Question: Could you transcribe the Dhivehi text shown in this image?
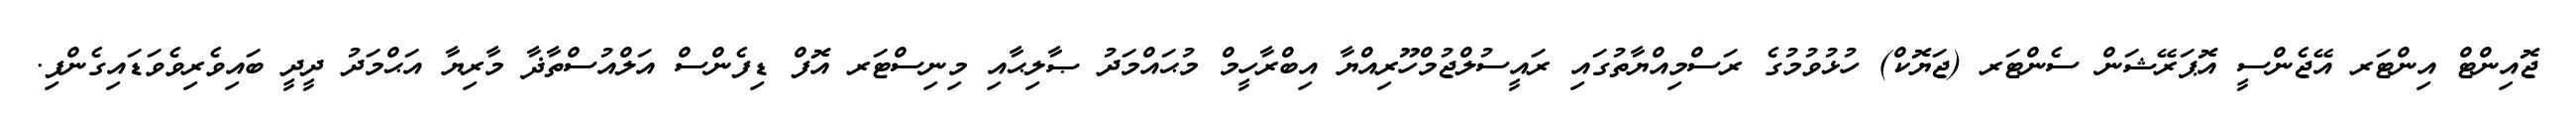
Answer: ޖޮއިންޓް އިންޓަރ އޭޖެންސީ އޮޕަރޭޝަން ސެންޓަރ (ޖަޔޮކް) ހުޅުވުމުގެ ރަސްމިއްޔާތުގައި ރައީސުލްޖުމްހޫރިއްޔާ އިބްރާހީމް މުޙައްމަދު ޞާލިޙާއި މިނިސްޓަރ އޮފް ޑިފެންސް އަލްއުސްތާޛާ މާރިޔާ އަޙްމަދު ދީދީ ބައިވެރިވެވަޑައިގެންފި.